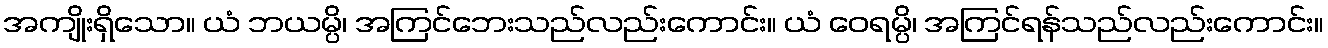
အကျိုးရှိသော။ ယံ ဘယမ္ပိ၊ အကြင်ဘေးသည်လည်းကောင်း။ ယံ ဝေရမ္ပိ၊ အကြင်ရန်သည်လည်းကောင်း။